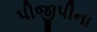
પીજીપીના